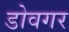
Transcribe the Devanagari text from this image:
डोवगर